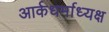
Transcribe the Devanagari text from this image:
आर्कधर्माध्यक्ष